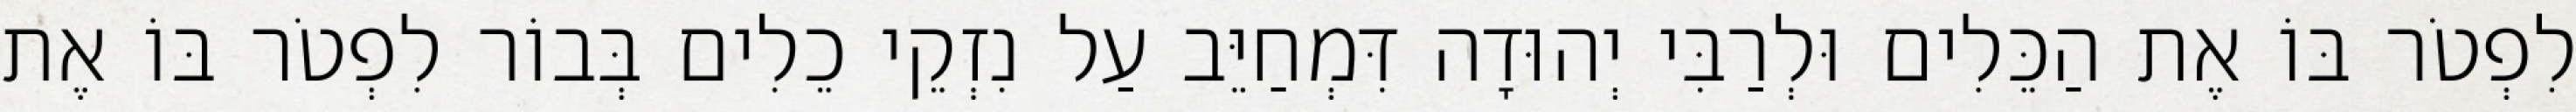
לִפְטֹר בּוֹ אֶת הַכֵּלִים וּלְרַבִּי יְהוּדָה דִּמְחַיֵּב עַל נִזְקֵי כֵלִים בְּבוֹר לִפְטֹר בּוֹ אֶת